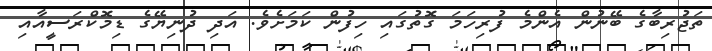
ތަޖުރިބާގެ ބޭނުން އެންމެ ފުރިހަމަ ގޮތުގައި ހިފުން ކަމަށެވެ. އަދި ދުނިޔޭގެ ޑިމޮކްރަސީއާއި